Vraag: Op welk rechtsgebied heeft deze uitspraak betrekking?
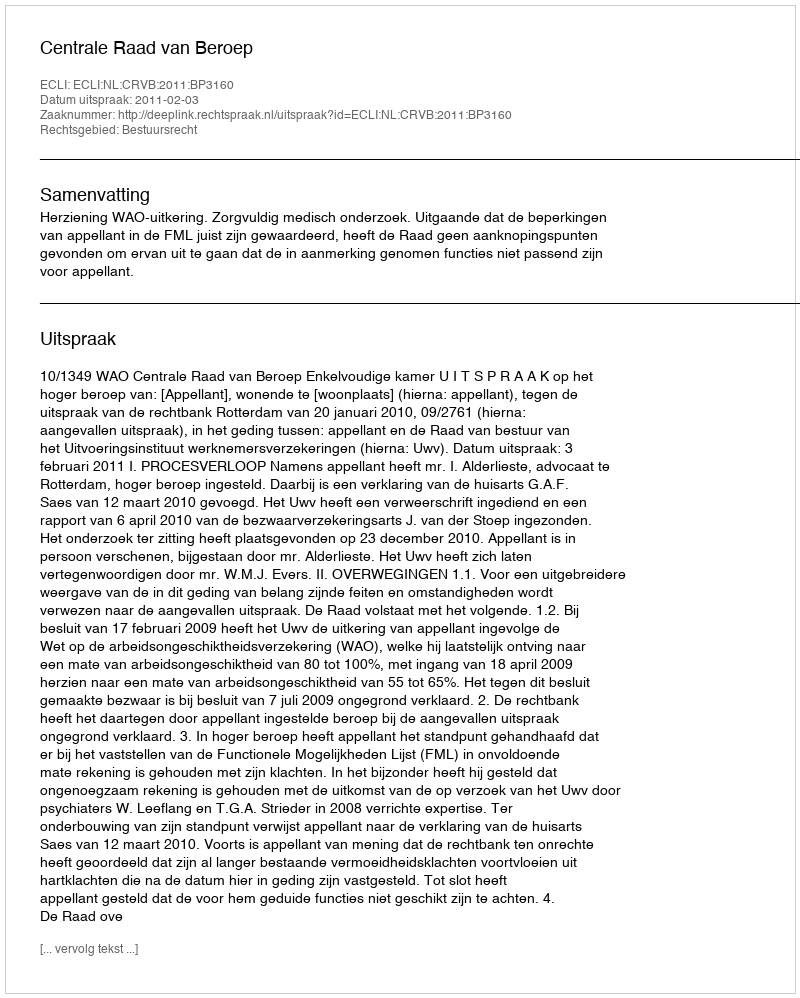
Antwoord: Bestuursrecht